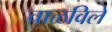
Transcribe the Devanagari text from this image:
चाळविले